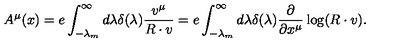
A ^ { \mu } ( x ) = e \int _ { - \lambda _ { m } } ^ { \infty } d \lambda \delta ( \lambda ) \frac { v ^ { \mu } } { R \cdot v } = e \int _ { - \lambda _ { m } } ^ { \infty } d \lambda \delta ( \lambda ) \frac { \partial } { \partial x ^ { \mu } } \log ( { R \cdot v } ) .